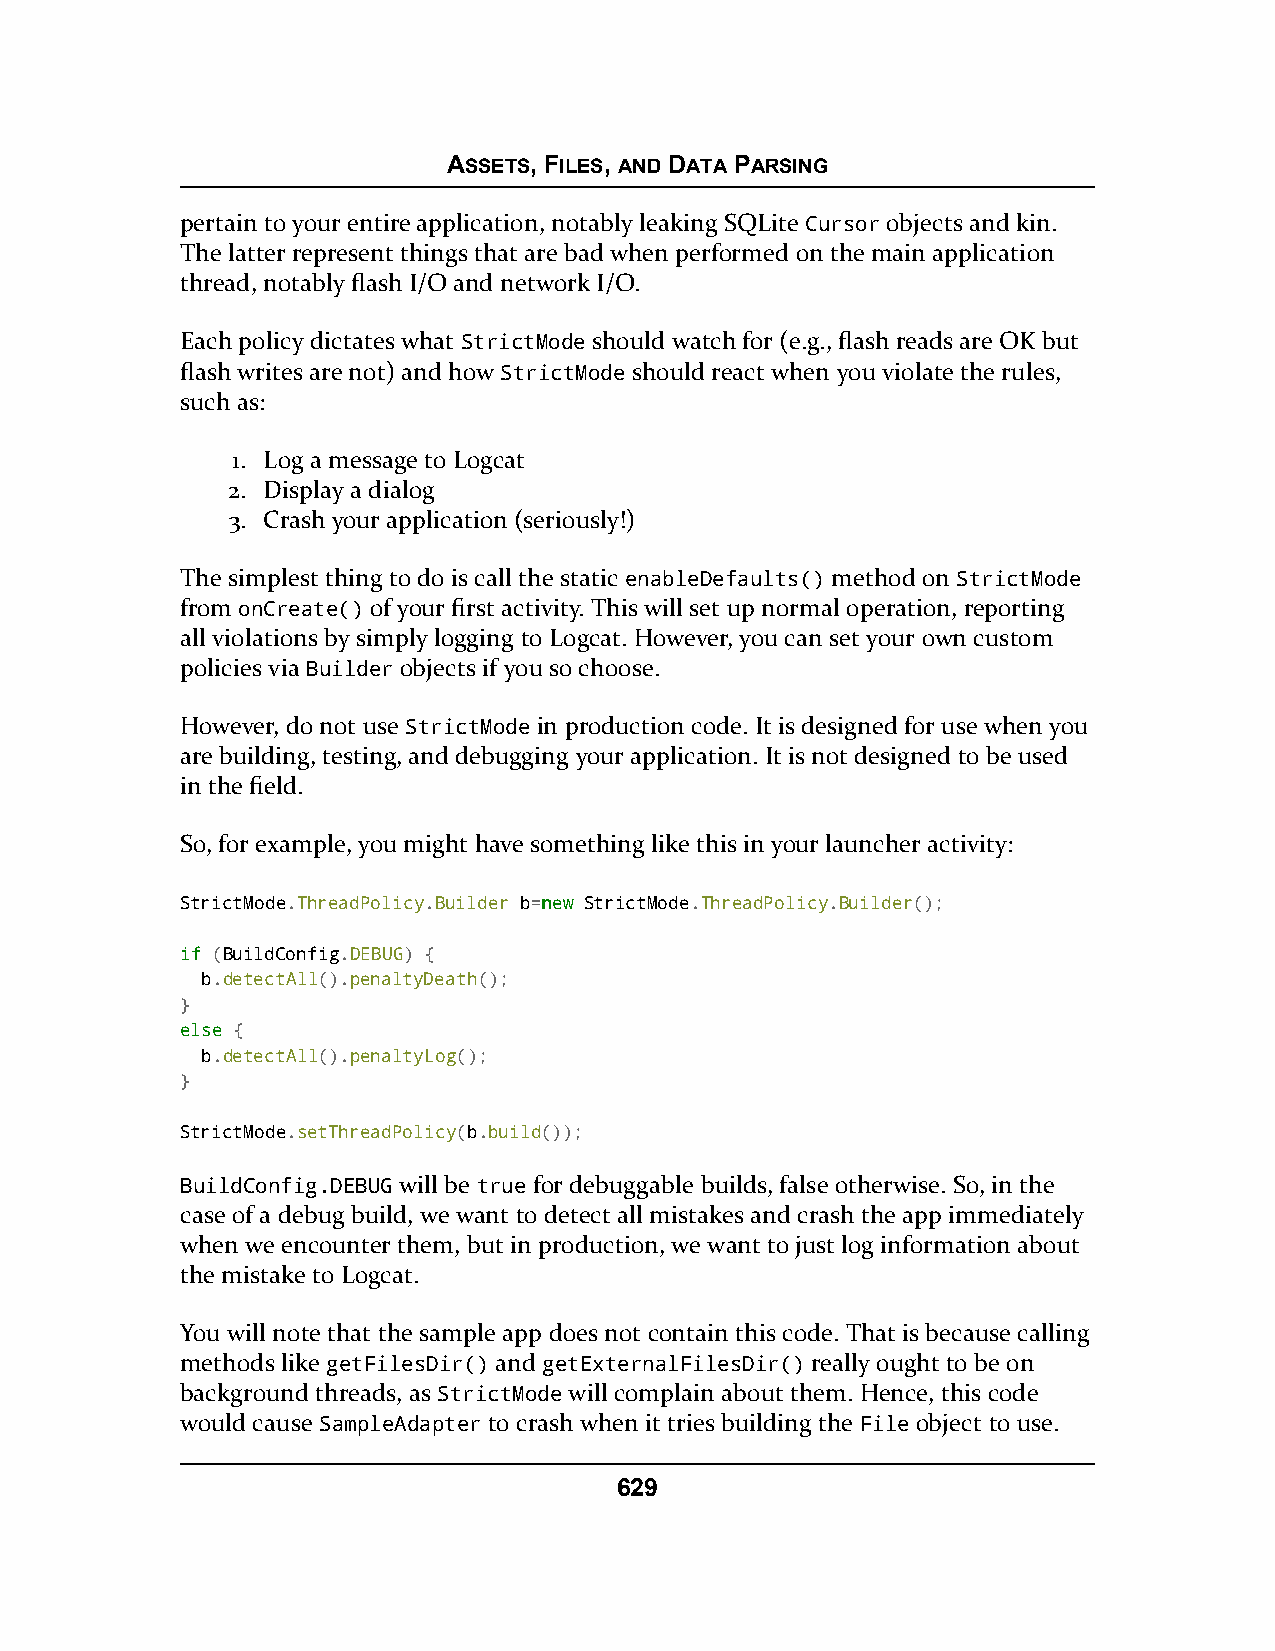
ASSETS, FILES, AND DATA PARSING
 pertain to your entire application, notably leaking SQLite Cursor objects and kin.
 The latter represent things that are bad when performed on the main application
 thread, notably flash I/O and network I/O.
 Each policy dictates what StrictMode should watch for (e.g., flash reads are OK but
 flash writes are not) and how StrictMode should react when you violate the rules,
 such as:
 1. Log a message to Logcat
 2. Display a dialog
 3. Crash your application (seriously!)
 The simplest thing to do is call the static enableDefaults() method on StrictMode
 from onCreate() of your first activity. This will set up normal operation, reporting
 all violations by simply logging to Logcat. However, you can set your own custom
 policies via Builder objects if you so choose.
 However, do not use StrictMode in production code. It is designed for use when you
 are building, testing, and debugging your application. It is not designed to be used
 in the field.
 So, for example, you might have something like this in your launcher activity:
 StrictMode.ThreadPolicy.Builder b=nneeww StrictMode.ThreadPolicy.Builder();
 iiff (BuildConfig.DEBUG) {
 b.detectAll().penaltyDeath();
 }
 eellssee {
 b.detectAll().penaltyLog();
 }
 StrictMode.setThreadPolicy(b.build());
 BuildConfig.DEBUG will be true for debuggable builds, false otherwise. So, in the
 case of a debug build, we want to detect all mistakes and crash the app immediately
 when we encounter them, but in production, we want to just log information about
 the mistake to Logcat.
 You will note that the sample app does not contain this code. That is because calling
 methods like getFilesDir() and getExternalFilesDir() really ought to be on
 background threads, as StrictMode will complain about them. Hence, this code
 would cause SampleAdapter to crash when it tries building the File object to use.
 629